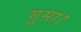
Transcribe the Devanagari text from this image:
मूसा।